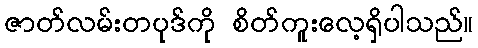
ဇာတ်လမ်းတပုဒ်ကို စိတ်ကူးလေ့ရှိပါသည်။